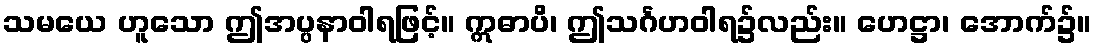
သမယေ ဟူသော ဤအပ္ပနာဝါရဖြင့်။ ဣဓာပိ၊ ဤသင်္ဂဟဝါရ၌လည်း။ ဟေဋ္ဌာ၊ အောက်၌။